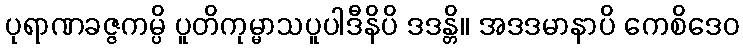
ပုရာဏခဇ္ဇကမ္ပိ ပူတိကုမ္မာသပူပါဒီနိပိ ဒဒန္တိ။ အဒဒမာနာပိ ကေစိဒေဝ